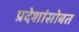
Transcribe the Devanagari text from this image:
प्रदेशांसोबत